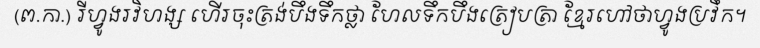
(ព.កា.) រីហ្វូងរវិហង្ស ហើរចុះត្រង់បឹងទឹកថ្លា ហែលទឹកបឹងត្រៀបត្រា ខ្មែរហៅថាហ្វូងប្រវឹក។